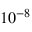
1 0 ^ { - 8 }